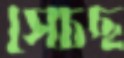
সেচছ